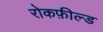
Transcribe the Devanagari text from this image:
रोकफ़ील्ड